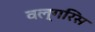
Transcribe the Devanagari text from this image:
वल्गरिस